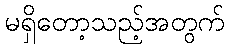
မရှိတော့သည့်အတွက်